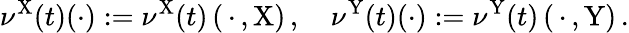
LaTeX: \nu^{\mathrm{X}}(t)(\cdot):=\nu^{\mathrm{X}}(t)\left(\, \cdot\, ,\mathrm{X}\right)\, ,\quad\nu^{\mathrm{Y}}(t)(\cdot):=\nu^{\mathrm{Y}}(t)\left(\, \cdot\, ,\mathrm{Y}\right)\, .